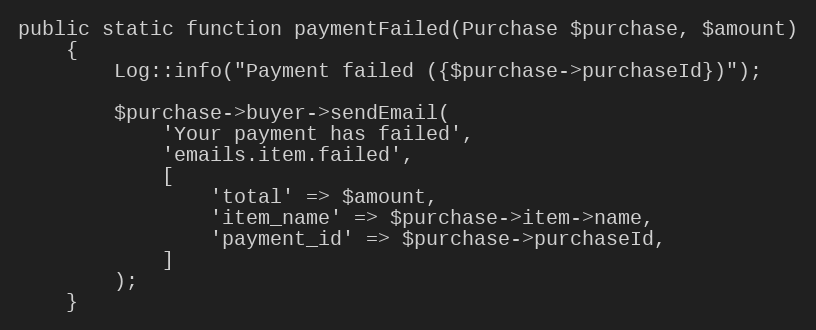
Language: PHP
public static function paymentFailed(Purchase $purchase, $amount)
    {
        Log::info("Payment failed ({$purchase->purchaseId})");

        $purchase->buyer->sendEmail(
            'Your payment has failed',
            'emails.item.failed',
            [
                'total' => $amount,
                'item_name' => $purchase->item->name,
                'payment_id' => $purchase->purchaseId,
            ]
        );
    }